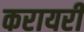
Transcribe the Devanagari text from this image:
करायरी